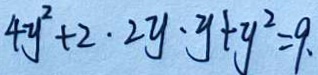
4 y ^ { 2 } + 2 \cdot 2 y \cdot y + y ^ { 2 } = 9